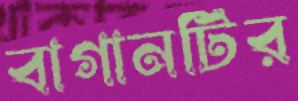
বাগানটির